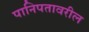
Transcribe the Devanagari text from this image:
पानिपतावरील